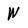
Character: W